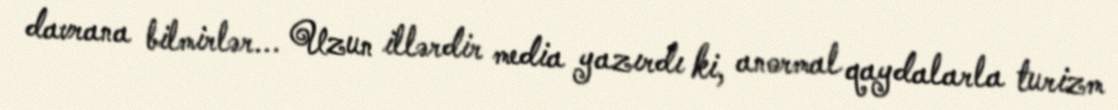
davrana bilmirlər... Uzun illərdir media yazırdı ki, anormal qaydalarla turizm